Vaccination in Burma 1920-1933 - 1920-1933
Year: 1920
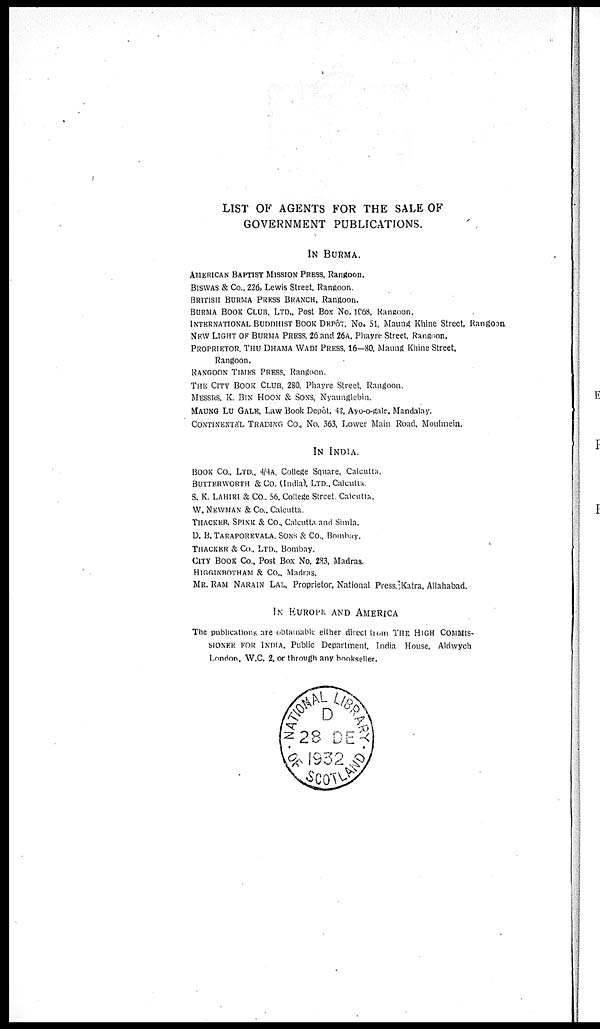
LIST OF AGENTS FOR THE SALE OF
GOVERNMENT PUBLICATIONS.
IN BURMA.
AMERICAN BAPTIST MISSION PRESS, Rangoon.
BISWAS & Co., 226. Lewis Street. Rangoon.
BRITISH BURMA PRESS BRANCH, Rangoon.
BURMA BOOK CLUB, LTD., Post Box No. 1068, Rangoon.
INTERNATIONAL BUDDHIST BOOK DEPÔT. NO. 51, Maung Khine Street, Rangoon
NEW LIGHT OF BURMA PRESS, 26 and 26A, Phayre Street, Rangoon.
PROPRIETOR, THU DHAMA WADI PRESS, 16—80, Maung Khine Street,
Rangoon.
RANGOON TIMES PRESS, Rangoon.
THE CITY BOOK CLUB, 280, Phayre Street, Rangoon.
MESSRS. K. BIN HOON & SONS, Nyaunglebin.
MAUNG LU GALE Law Book Depôt, 42, Ayo-o-gale, Mandalay.
CONTINENTAL TRADING CO., No. 363, Lower Main Road, Moulmein.
IN INDIA.
BOOK CO., LTD., 4/4A, College Square. Calcutta.
BUTTERWORTH & Co. (India), LTD., Calcutta.
S. K. LAHIRI & CO. 56. College Street Calcutta.
W. NEWMAN & Co., Calcutta.
THACKER. SPINK & Co., Calcutta and Simla.
D. B. TARAPOREVALA, SONS & Co., Bombay.
THACKER & Co., LTD., Bombay.
CITY BOOK CO., Post Box No. 283, Madras.
HIGGINBOTHAM & Co., Madras.
MR. RAM NARAIN LAL, Proprietor, National Press, Katra, Allahabad.
IN EUROPE AND AMERICA
The publications are obtainable either direct from THE HIGH COMMIS-
SIONER FOR INDIA, Public Department, India House, Aldwych
London, W.C. 2. or through any bookseller.